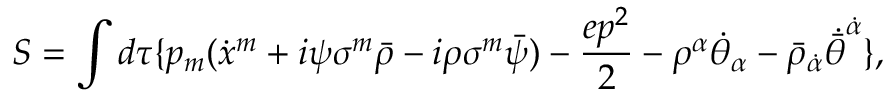
S = \int d \tau \{ p _ { m } ( \dot { x } ^ { m } + i \psi \sigma ^ { m } \bar { \rho } - i \rho \sigma ^ { m } \bar { \psi } ) - \frac { e p ^ { 2 } } { 2 } - { \rho ^ { \alpha } } { \dot { \theta } } _ { \alpha } - { \bar { \rho } } _ { \dot { \alpha } } { \dot { \bar { \theta } } } ^ { \dot { \alpha } } \} ,